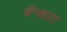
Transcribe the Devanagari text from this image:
बॅन्कात